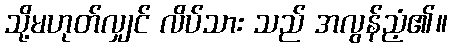
သို့မဟုတ်လျှင် လိပ်သား သည် အလွန်ညံ့၏။